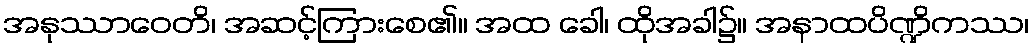
အနုဿာဝေတိ၊ အဆင့်ကြားစေ၏။ အထ ခေါ၊ ထိုအခါ၌။ အနာထပိဏ္ဍိကဿ၊